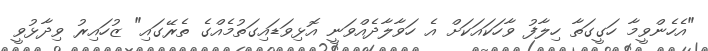
"އެހެންވީމާ ހަގީގަތާ ހިލާފު ވާހަކައަކަށް އެ ހަވާލާދެއްވަނީ އޮޅިވަޑައިގަތުމެއްގެ ތެރޭގައި" ޒުހައިރު ވިދާޅުވީ